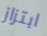
ابتزاز